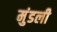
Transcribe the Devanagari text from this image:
मुंडली